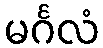
မင်္ဂလံ